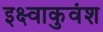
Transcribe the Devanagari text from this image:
इक्ष्वाकुवंश